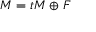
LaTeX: M = t M \oplus F